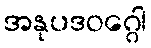
အနုပဒဝဂ္ဂေါ